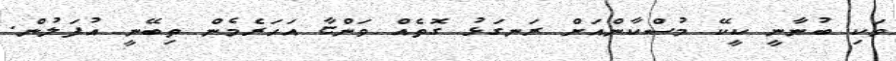
ވަކި ބުނާނީ ކީކޭ މުސްކާންއަށް ރަނގަޅު ގޮތެއް ވަންޏާ އަހަރެމެން ތިބޭނީ އުފަލުން.